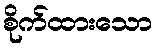
စိုက်ထားသော